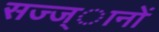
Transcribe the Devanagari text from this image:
सज्ज्ानों